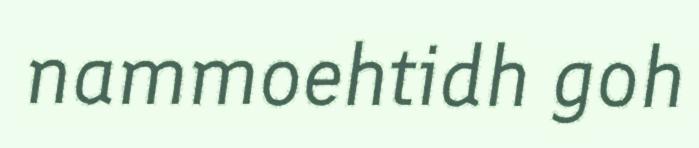
nammoehtidh goh